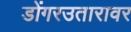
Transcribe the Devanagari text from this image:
डोंगरउतारावर